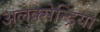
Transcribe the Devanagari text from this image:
अलेक्सेन्ड्रिया